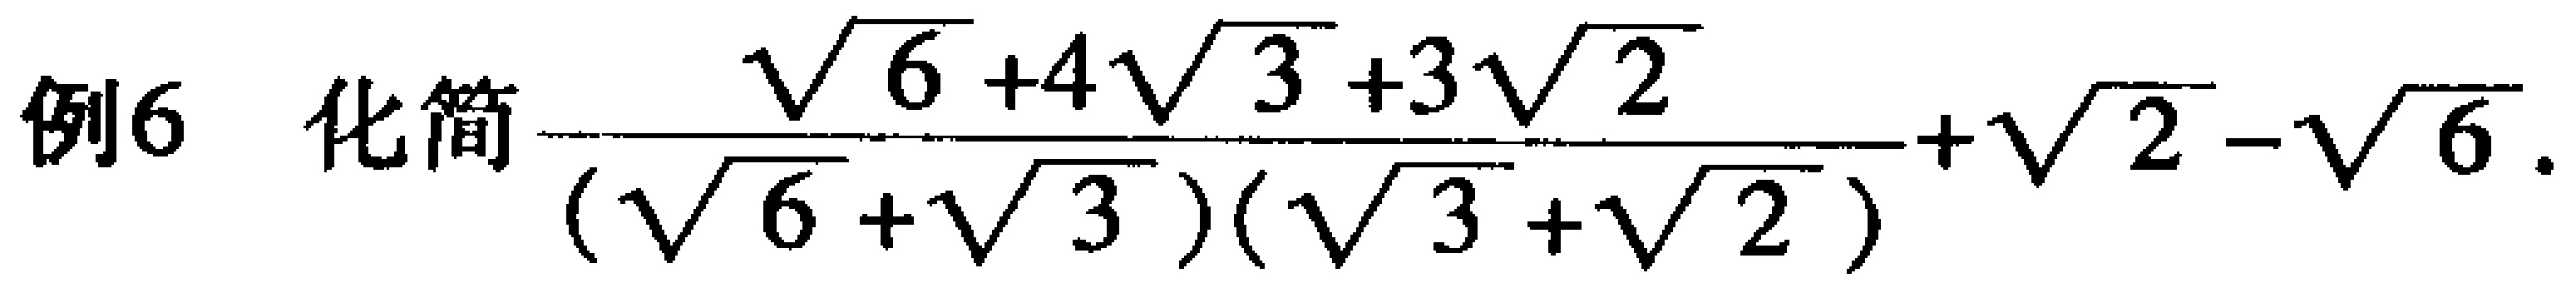
例6 化简$\frac{\sqrt{6}+4\sqrt{3}+3\sqrt{2}}{(\sqrt{6}+\sqrt{3})(\sqrt{3}+\sqrt{2})}+\sqrt{2}-\sqrt{6}$.